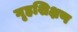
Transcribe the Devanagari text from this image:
गृहशिक्षण